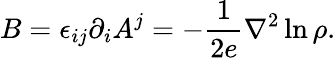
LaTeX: B=\epsilon_{ij}\partial_{i}A^{j}=-\frac{1}{2e}{\nabla}^{2}\ln\rho.